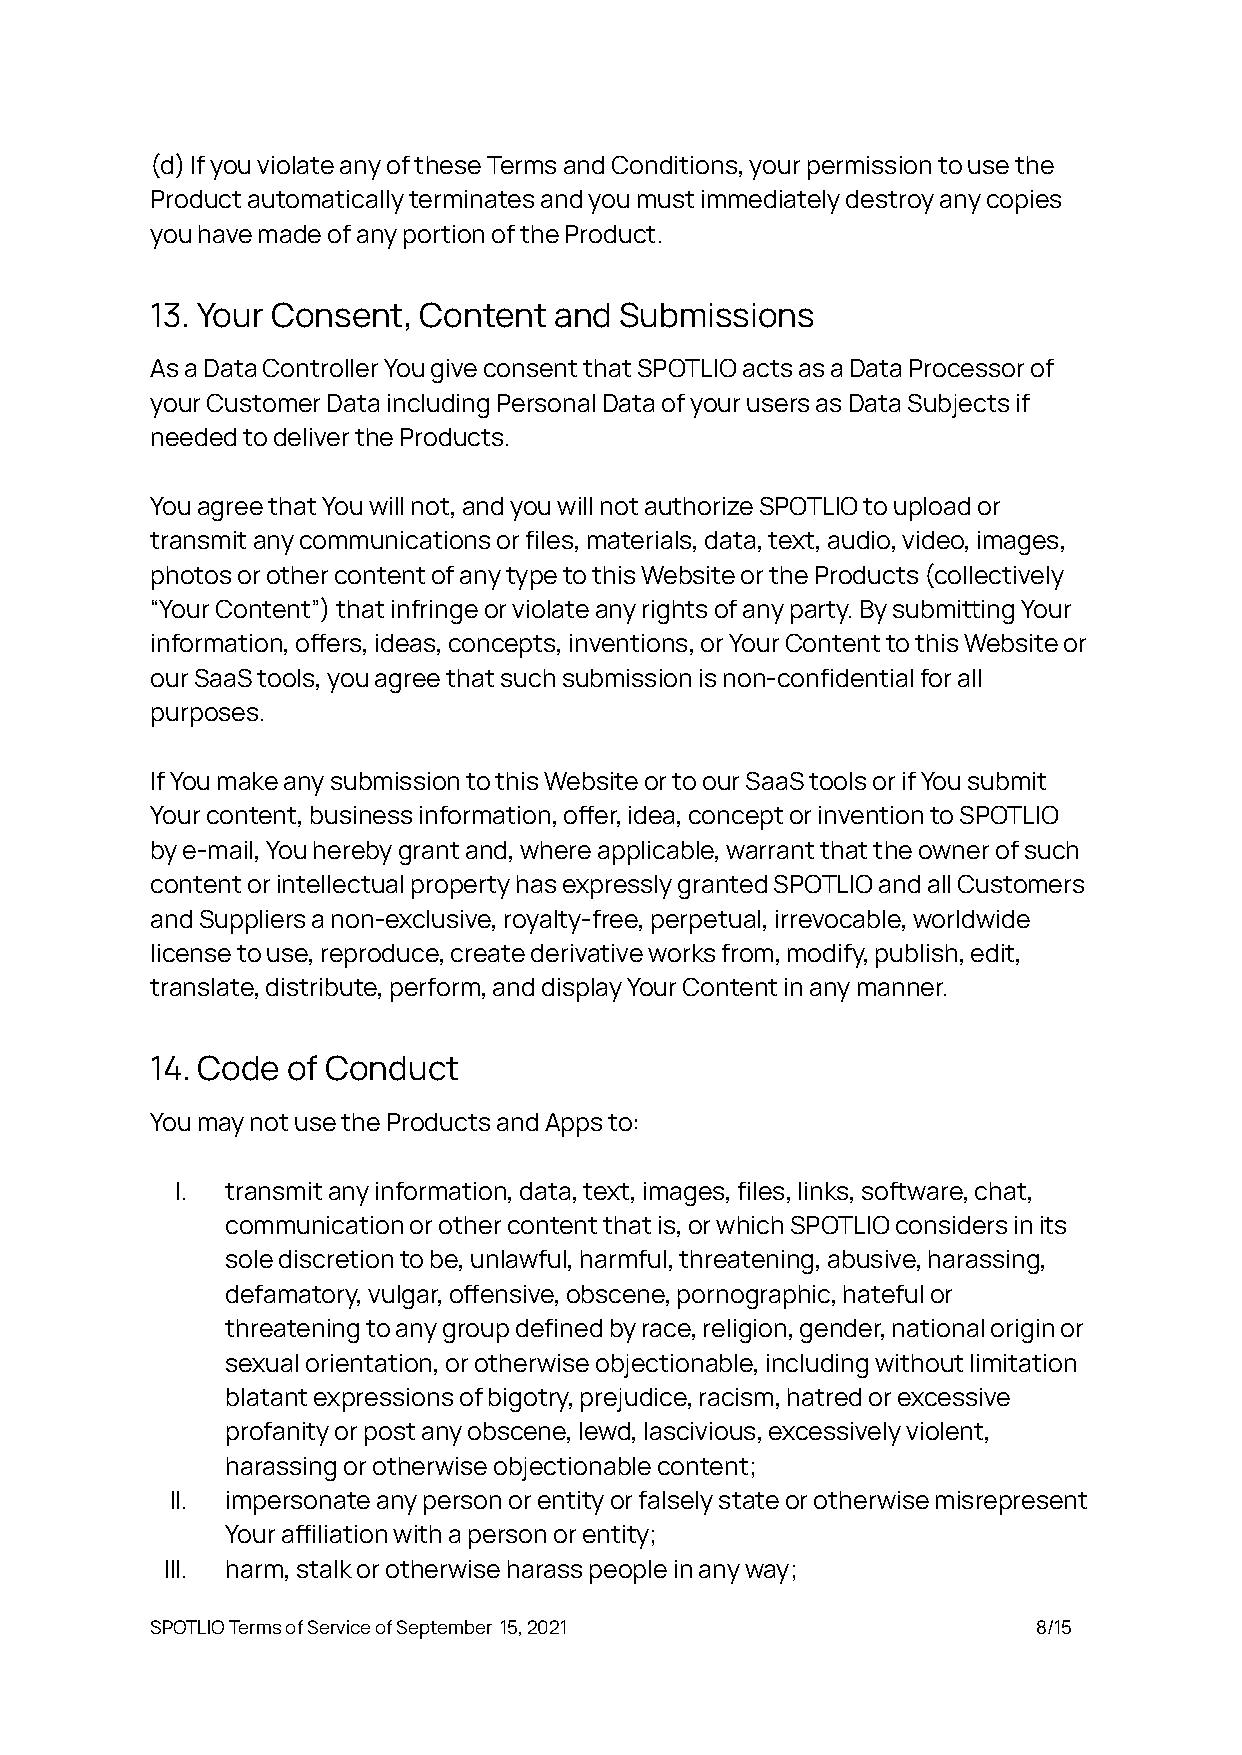
(d) If you violate any of these Terms and Conditions, your permission to use the
 Product automatically terminates and you must immediately destroy any copies
 you have made of any portion of the Product.
 13. Your Consent, Content  and Submissions
 As a Data Controller You give consent that SPOTLIO acts as a Data Processor of
 your Customer Data including Personal Data of your users as Data Subjects if
 needed to deliver the Products.
 You agree that You will not, and you will not authorize SPOTLIO to upload or
 transmit any communications or files, materials, data, text, audio, video, images,
 photos or other content of any type to this Website or the Products (collectively
 “Your Content”) that infringe or violate any rights of any party. By submiing Your
 information, oers, ideas, concepts, inventions, or Your Content to this Website or
 our SaaS tools, you agree that such submission is non-confidential for all
 purposes.
 If You make any submission to this Website or to our SaaS tools or if You submit
 Your content, business information, oer, idea, concept or invention to SPOTLIO
 by e-mail, You hereby grant and, where applicable, warrant that the owner of such
 content or intellectual property has expressly granted SPOTLIO and all Customers
 and Suppliers a non-exclusive, royalty-free, perpetual, irrevocable, worldwide
 license to use, reproduce, create derivative works from, modify, publish, edit,
 translate, distribute, perform, and display Your Content in any manner.
 14. Code of Conduct
 You may not use the Products and Apps to:
 I. transmit any information, data, text, images, files, links, software, chat,
 communication or other content that is, or which SPOTLIO considers in its
 sole discretion to be, unlawful, harmful, threatening, abusive, harassing,
 defamatory, vulgar, oensive, obscene, pornographic, hateful or
 threatening to any group defined by race, religion, gender, national origin or
 sexual orientation, or otherwise objectionable, including without limitation
 blatant expressions of bigotry, prejudice, racism, hatred or excessive
 profanity or post any obscene, lewd, lascivious, excessively violent,
 harassing or otherwise objectionable content;
 II. impersonate any person or entity or falsely state or otherwise misrepresent
 Your ailiation with a person or entity;
 III. harm, stalk or otherwise harass people in any way;
 SPOTLIO Terms of Service of September 15, 2021             8/15